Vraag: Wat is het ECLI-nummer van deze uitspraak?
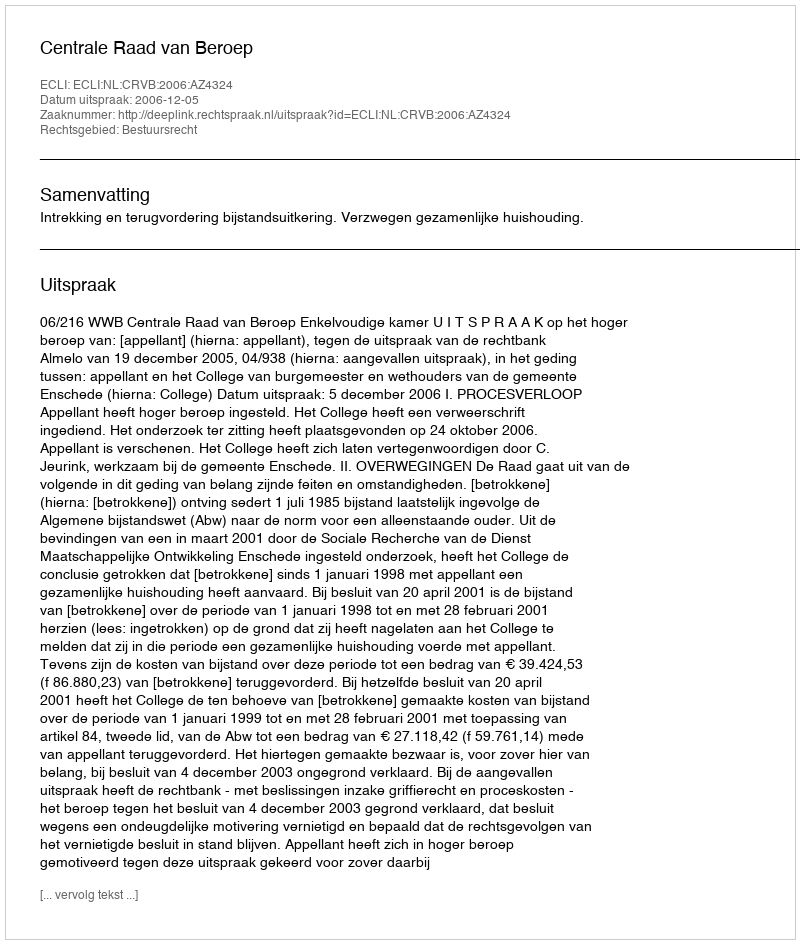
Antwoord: ECLI:NL:CRVB:2006:AZ4324